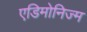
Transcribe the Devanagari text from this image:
एडिमोनिज्म